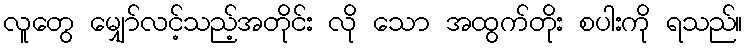
လူတွေ မျှော်လင့်သည့်အတိုင်း လို သော အထွက်တိုး စပါးကို ရသည်။